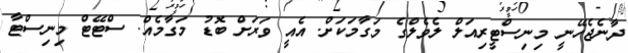
ދާނެޖެހޭނީ މިނިސްޓީރިއަލް ލެވެލްގެ މަގާމަކަށް. އެއީ ވަރަށް ބޮޑު މަގާމެއް. ސްޓޭޓް މިނިސްޓާ